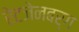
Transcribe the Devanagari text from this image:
रेटजेनबर्ग